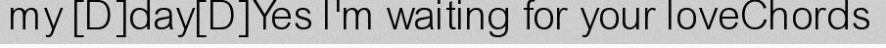
my [D]day[D]Yes I'm waiting for your loveChords